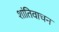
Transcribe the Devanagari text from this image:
शांतिवाचन